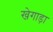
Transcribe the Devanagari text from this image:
खेगाड़ा